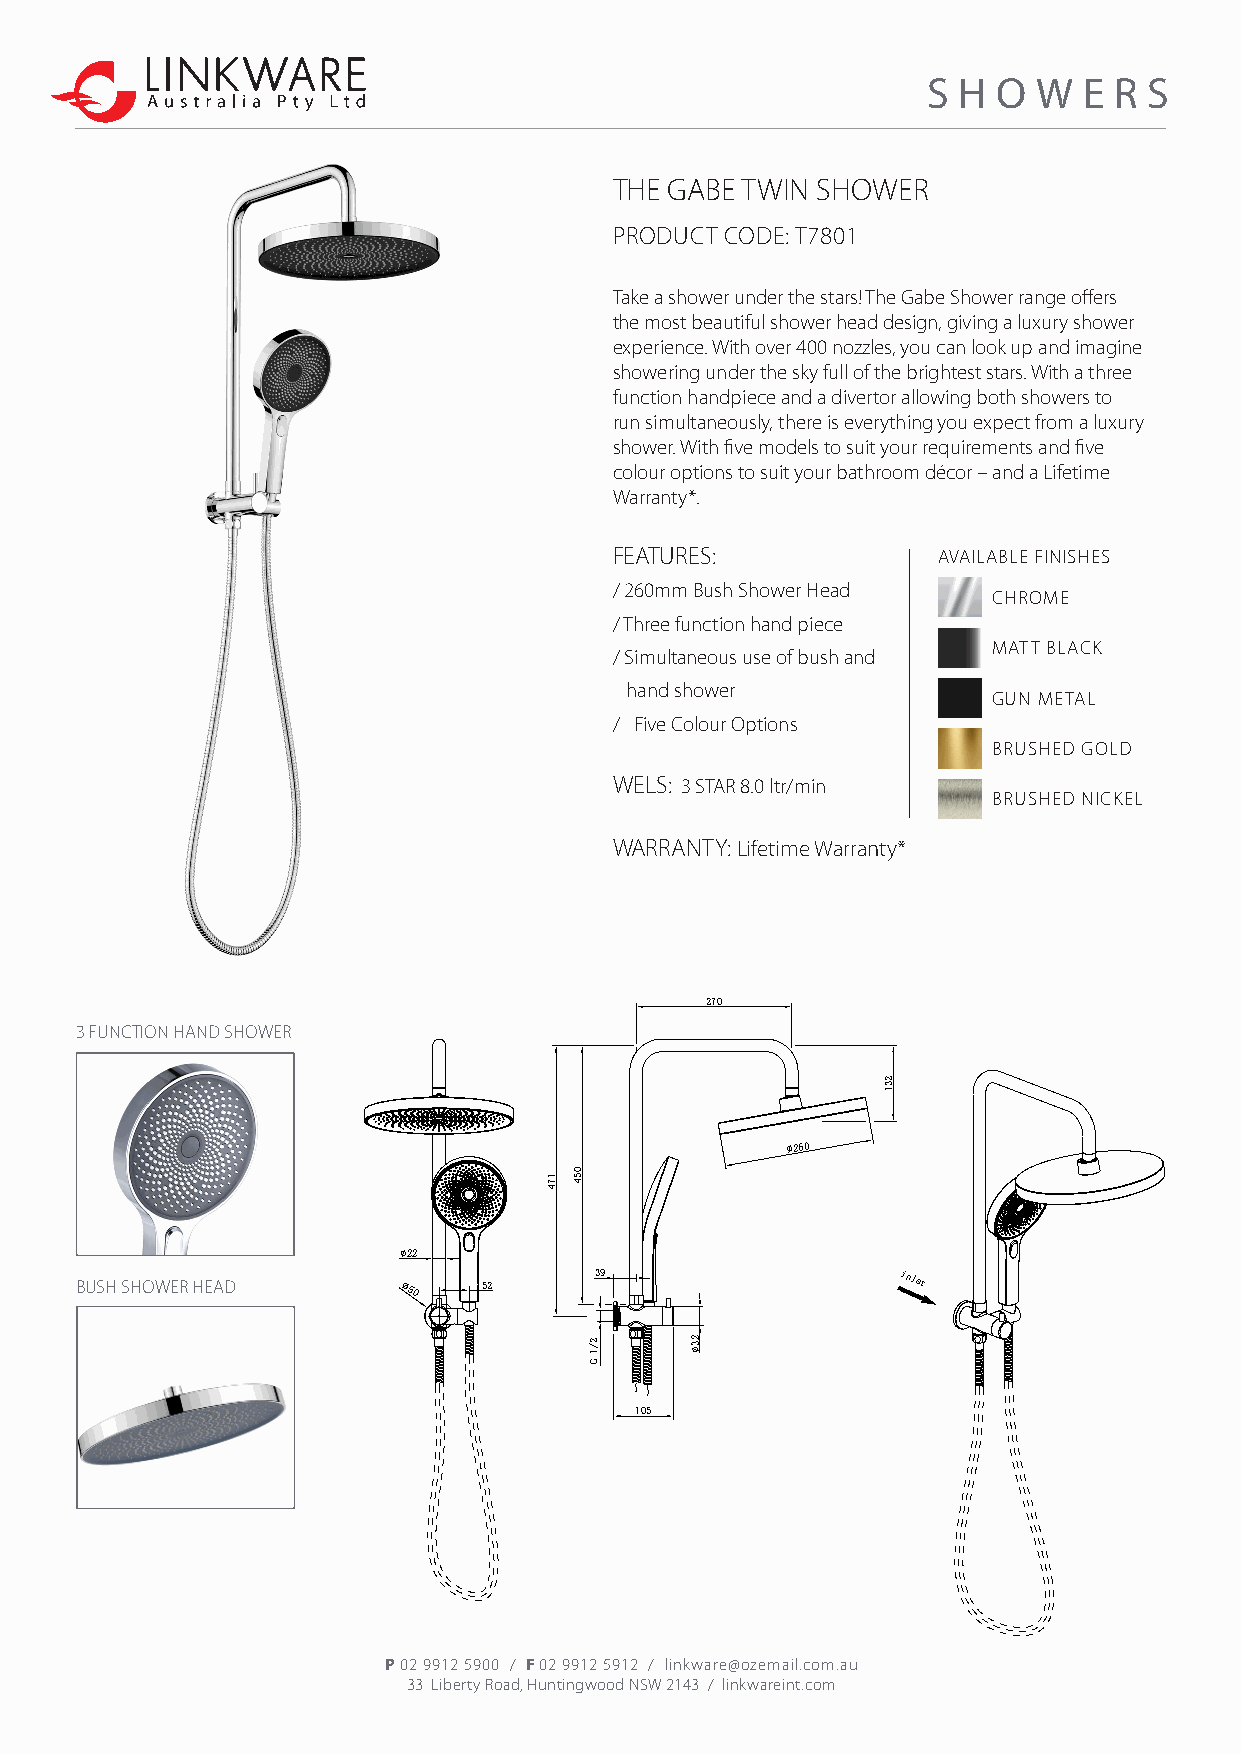
S H  O  W  E R S
 THE GABE TWIN SHOWER
 PRODUCT CODE: T7801
 Take a shower under the stars! The Gabe Shower range offers
 the most beautiful shower head design, giving a luxury shower
 experience. With over 400 nozzles, you can look up and imagine
 showering under the sky full of the brightest stars. With a three
 function handpiece and a divertor allowing both showers to
 run simultaneously, there is everything you expect from a luxury
 shower. With five models to suit your requirements and five
 colour options to suit your bathroom décor – and a Lifetime
 Warranty*.
 FEATURES:            AVAILABLE FINISHES
 / 260mm Bush Shower Head
 CHROME
 / Three function hand piece
 MATT BLACK
 / Simultaneous use of bush and
 hand shower
 GUN METAL
 / Five Colour Options
 BRUSHED GOLD
 WELS: 3 STAR 8.0 ltr/min
 BRUSHED NICKEL
 WARRANTY: Lifetime Warranty*
 270
 3 FUNCTION HAND SHOWER
 ∅260
 ∅22
 BUSH SHOWER HEAD           52
 39                   inlet
 50
 105
 P 02 9912 5900 / F 02 9912 5912 / linkware@ozemail.com.au
 33 Liberty Road, Huntingwood NSW 2143 / linkwareint.com
 174 054
 2/1
 G
 23∅
 231